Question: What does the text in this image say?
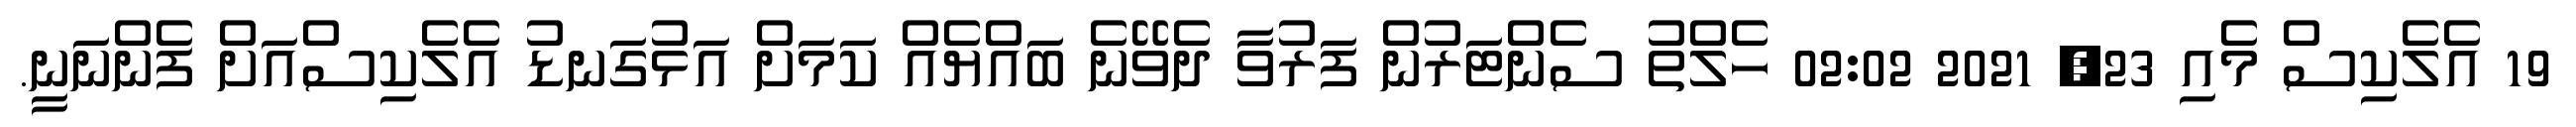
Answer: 19 އެލެކިސް މެއި 23, 2021 02:02 ހެލްތު ސެންޓަރުން ފަރުވާ ދެވޭނެ ބައްޔެއް ކަމަށް އަޅުގަނޑު އެލެކިސްއަށް ފެންނަނީ.